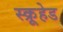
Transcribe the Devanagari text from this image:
स्क्रूहेड